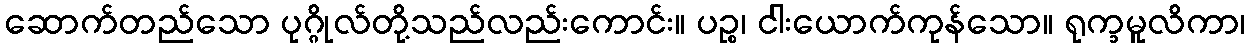
ဆောက်တည်သော ပုဂ္ဂိုလ်တို့သည်လည်းကောင်း။ ပဉ္စ၊ ငါးယောက်ကုန်သော။ ရုက္ခမူလိကာ၊